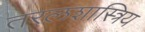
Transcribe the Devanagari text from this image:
तरलशास्त्रिय